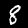
Label: 8